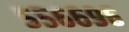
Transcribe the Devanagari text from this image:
५५६६९६